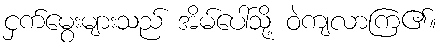
ငှက်မွေးများသည် အိမ်ပေါ်သို့ ဝဲကျလာကြ၏။